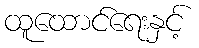
ထူထောင်ရေးနှင့်